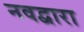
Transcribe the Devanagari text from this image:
नवद्वारा